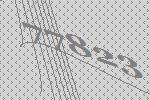
77823